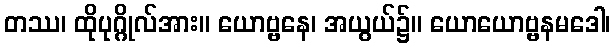
တဿ၊ ထိုပုဂ္ဂိုလ်အား။ ယောဗ္ဗနေ၊ အယွယ်၌။ ယောယောဗ္ဗနမဒေါ၊